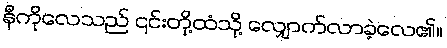
နီကိုလေသည် ၎င်းတို့ထံသို့ လျှောက်လာခဲ့လေ၏။